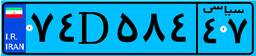
۷۶D۶۰۴۶۲